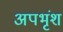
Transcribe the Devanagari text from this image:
अपभृंश